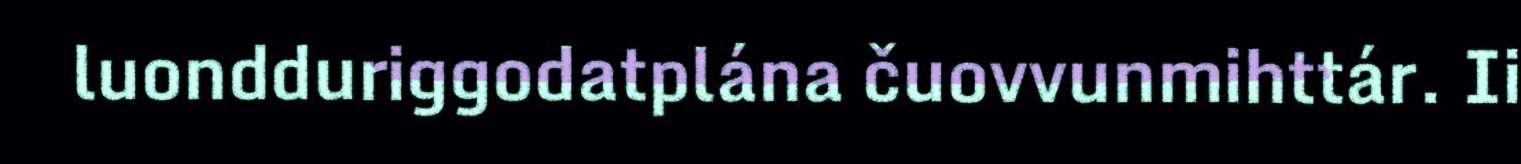
luondduriggodatplána čuovvunmihttár. Ii